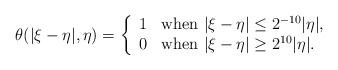
\begin{align*}\theta(|\xi-\eta|, \eta) = \left\{\begin{array}{ll}1 & \textup{when}\,\,|\xi-\eta|\leq 2^{-10} |\eta|,\\0 & \textup{when}\,\, |\xi-\eta| \geq 2^{10} |\eta|.\\\end{array}\right.\end{align*}